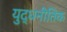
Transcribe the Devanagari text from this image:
युद्धनीतिक